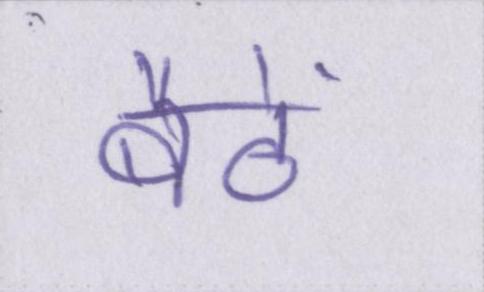
बैठें